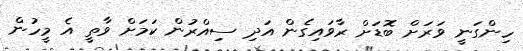
ހިންގަނީ ވަރަށް ބޮޑަށް ރާވައިގެން އަދި ސިއްރުން ކަމަށް ވާތީ އެ މީހުން